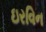
ઇરવિન